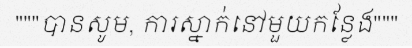
"""បានសូម, ការស្នាក់នៅមួយកន្លែង"""